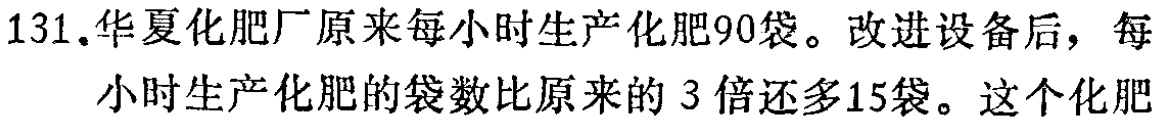
131.华夏化肥厂原来每小时生产化肥90袋。改进设备后，每小时生产化肥的袋数比原来的3倍还多15袋。这个化肥